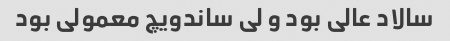
سالاد عالی بود و لی ساندویچ معمولی بود